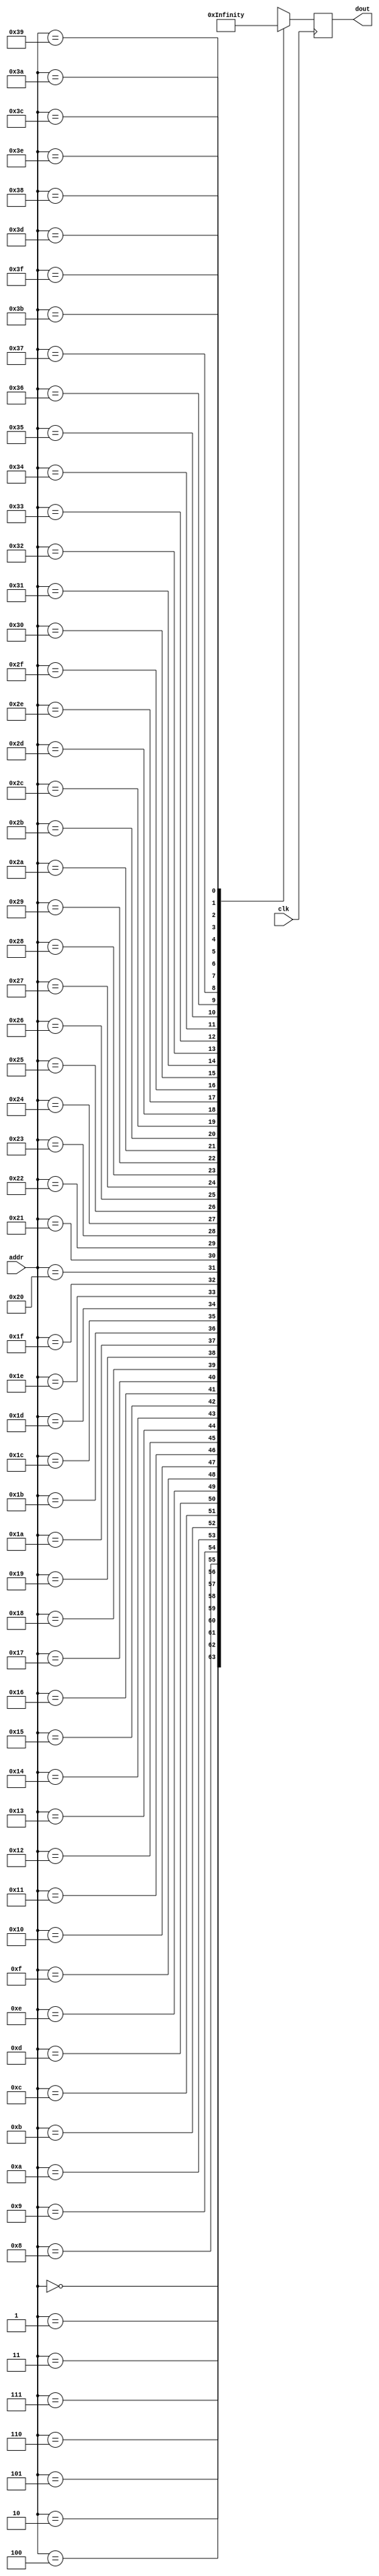
// Frequency Rom
// Input: note address.
// Output: step size for the frequency.
module frequency_rom (
    input clk,
    input [5:0] addr,
    output reg [19:0] dout
);

    wire [19:0] memory [63:0];

    always @(posedge clk)
        dout = memory[addr];

    assign memory[   0  ] = {10'd000, 10'd000};  // Note: rest
    assign memory[   1  ] = {10'd009, 10'd395};  // Note: 1A
    assign memory[   2  ] = {10'd009, 10'd963};  // Note: 1A#Bb
    assign memory[   3  ] = {10'd010, 10'd573};  // Note: 1B
    assign memory[   4  ] = {10'd011, 10'd182};  // Note: 1C
    assign memory[   5  ] = {10'd011, 10'd838};  // Note: 1C#Db
    assign memory[   6  ] = {10'd012, 10'd557};  // Note: 1D
    assign memory[   7  ] = {10'd013, 10'd275};  // Note: 1D#Eb
    assign memory[   8  ] = {10'd014, 10'd081};  // Note: 1E
    assign memory[   9  ] = {10'd014, 10'd912};  // Note: 1F
    assign memory[  10  ] = {10'd015, 10'd805};  // Note: 1F#Gb
    assign memory[  11  ] = {10'd016, 10'd742};  // Note: 1G
    assign memory[  12  ] = {10'd017, 10'd723};  // Note: 1G#Ab
    assign memory[  13  ] = {10'd018, 10'd791};  // Note: 2A
    assign memory[  14  ] = {10'd019, 10'd903};  // Note: 2A#Bb
    assign memory[  15  ] = {10'd021, 10'd122};  // Note: 2B
    assign memory[  16  ] = {10'd022, 10'd365};  // Note: 2C
    assign memory[  17  ] = {10'd023, 10'd652};  // Note: 2C#Db
    assign memory[  18  ] = {10'd025, 10'd090};  // Note: 2D
    assign memory[  19  ] = {10'd026, 10'd551};  // Note: 2D#Eb
    assign memory[  20  ] = {10'd028, 10'd163};  // Note: 2E
    assign memory[  21  ] = {10'd029, 10'd800};  // Note: 2F
    assign memory[  22  ] = {10'd031, 10'd587};  // Note: 2F#Gb
    assign memory[  23  ] = {10'd033, 10'd461};  // Note: 2G
    assign memory[  24  ] = {10'd035, 10'd423};  // Note: 2G#Ab
    assign memory[  25  ] = {10'd037, 10'd559};  // Note: 3A
    assign memory[  26  ] = {10'd039, 10'd783};  // Note: 3A#Bb
    assign memory[  27  ] = {10'd042, 10'd245};  // Note: 3B
    assign memory[  28  ] = {10'd044, 10'd731};  // Note: 3C
    assign memory[  29  ] = {10'd047, 10'd281};  // Note: 3C#Db
    assign memory[  30  ] = {10'd050, 10'd180};  // Note: 3D
    assign memory[  31  ] = {10'd053, 10'd079};  // Note: 3D#Eb
    assign memory[  32  ] = {10'd056, 10'd327};  // Note: 3E
    assign memory[  33  ] = {10'd059, 10'd576};  // Note: 3F
    assign memory[  34  ] = {10'd063, 10'd150};  // Note: 3F#Gb
    assign memory[  35  ] = {10'd066, 10'd922};  // Note: 3G
    assign memory[  36  ] = {10'd070, 10'd846};  // Note: 3G#Ab
    assign memory[  37  ] = {10'd075, 10'd095};  // Note: 4A
    assign memory[  38  ] = {10'd079, 10'd543};  // Note: 4A#Bb
    assign memory[  39  ] = {10'd084, 10'd491};  // Note: 4B
    assign memory[  40  ] = {10'd089, 10'd439};  // Note: 4C
    assign memory[  41  ] = {10'd094, 10'd562};  // Note: 4C#Db
    assign memory[  42  ] = {10'd100, 10'd360};  // Note: 4D
    assign memory[  43  ] = {10'd106, 10'd158};  // Note: 4D#Eb
    assign memory[  44  ] = {10'd112, 10'd655};  // Note: 4E
    assign memory[  45  ] = {10'd119, 10'd128};  // Note: 4F
    assign memory[  46  ] = {10'd126, 10'd300};  // Note: 4F#Gb
    assign memory[  47  ] = {10'd133, 10'd821};  // Note: 4G
    assign memory[  48  ] = {10'd141, 10'd669};  // Note: 4G#Ab
    assign memory[  49  ] = {10'd150, 10'd191};  // Note: 5A
    assign memory[  50  ] = {10'd159, 10'd062};  // Note: 5A#Bb
    assign memory[  51  ] = {10'd168, 10'd983};  // Note: 5B
    assign memory[  52  ] = {10'd178, 10'd879};  // Note: 5C
    assign memory[  53  ] = {10'd189, 10'd101};  // Note: 5C#Db
    assign memory[  54  ] = {10'd200, 10'd720};  // Note: 5D
    assign memory[  55  ] = {10'd212, 10'd316};  // Note: 5D#Eb
    assign memory[  56  ] = {10'd225, 10'd286};  // Note: 5E
    assign memory[  57  ] = {10'd238, 10'd256};  // Note: 5F
    assign memory[  58  ] = {10'd252, 10'd600};  // Note: 5F#Gb
    assign memory[  59  ] = {10'd267, 10'd619};  // Note: 5G
    assign memory[  60  ] = {10'd283, 10'd314};  // Note: 5G#Ab
    assign memory[  61  ] = {10'd300, 10'd382};  // Note: 6A
    assign memory[  62  ] = {10'd318, 10'd125};  // Note: 6A#Bb
    assign memory[  63  ] = {10'd337, 10'd942};  // Note: 6B

endmodule